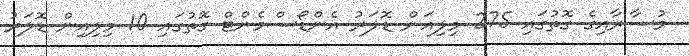
މުސާރާއިގެ ގޮތުގައި 275 މިލިއަން ޑޮލަރު އެންޑޯސްމެންޓް ގޮތުގައި 10 މިލިއިން ޑޮލަރު